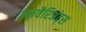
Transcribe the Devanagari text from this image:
इनवैरिअंट्स